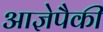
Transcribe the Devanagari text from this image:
आज्ञेपैकी